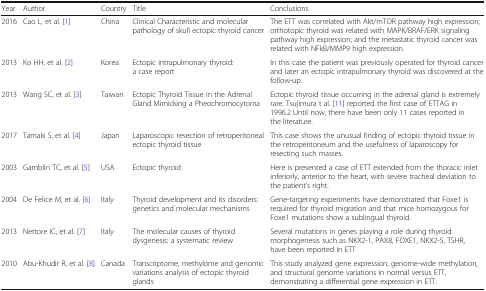
<table><thead><tr><td><b>Year</b></td><td><b>Author</b></td><td><b>Country</b></td><td><b>Title</b></td><td><b>Conclusions</b></td></tr></thead><tbody><tr><td>2016</td><td>Cao L, et al. [1]</td><td>China</td><td>Clinical Characteristic and molecular pathology of skull ectopic thyroid cancer</td><td>The ETT was correlated with Akt/mTOR pathway high expression; orthotopic thyroid was related with MAPK/BRAF/ERK signaling pathway high expression; and the metastatic thyroid cancer was related with NFkB/MMP9 high expression.</td></tr><tr><td>2013</td><td>Ko HH, et al. [2]</td><td>Korea</td><td>Ectopic intrapulmonary thyroid: a case report</td><td>In this case the patient was previously operated for thyroid cancer and later an ectopic intrapulmonary thyroid was discovered at the follow-up.</td></tr><tr><td>2013</td><td>Wang SC, et al. [3]</td><td>Taiwan</td><td>Ectopic Thyroid Tissue in the Adrenal Gland Mimicking a Pheochromocytoma</td><td>Ectopic thyroid tissue occurring in the adrenal gland is extremely rare. Tsujimura t al. [11] reported the first case of ETTAG in 1996.2 Until now, there have been only 11 cases reported in the literature.</td></tr><tr><td>2017</td><td>Tamaki S, et al. [4]</td><td>Japan</td><td>Laparoscopic resection of retroperitoneal ectopic thyroid tissue</td><td>This case shows the unusual finding of ectopic thyroid tissue in the retroperitoneum and the usefulness of laparoscopy for resecting such masses.</td></tr><tr><td>2003</td><td>Gamblin TC, et al. [5]</td><td>USA</td><td>Ectopic thyroid</td><td>Here is presented a case of ETT extended from the thoracic inlet inferiorly, anterior to the heart, with severe tracheal deviation to the patient’s right.</td></tr><tr><td>2004</td><td>De Felice M, et al. [6]</td><td>Italy</td><td>Thyroid development and its disorders: genetics and molecular mechanisms</td><td>Gene-targeting experiments have demonstrated that Foxe1 is required for thyroid migration and that mice homozygous for Foxe1 mutations show a sublingual thyroid.</td></tr><tr><td>2013</td><td>Nettore IC, et al. [7]</td><td>Italy</td><td>The molecular causes of thyroid dysgenesis: a systematic review</td><td>Several mutations in genes playing a role during thyroid morphogenesis such as NKX2-1, PAX8, FOXE1, NKX2-5, TSHR, have been reported in ETT</td></tr><tr><td>2010</td><td>Abu-Khudir R, et al. [8]</td><td>Canada</td><td>Transcriptome, methylome and genomic variations analysis of ectopic thyroid glands</td><td>This study analyzed gene expression, genome-wide methylation, and structural genome variations in normal versus ETT, demonstrating a differential gene expression in ETT.</td></tr></tbody></table>